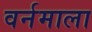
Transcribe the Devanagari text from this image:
वर्नमाला